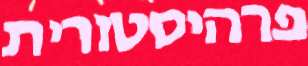
פרהיסטורית